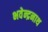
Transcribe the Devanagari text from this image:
भवेन्द्रनाथ